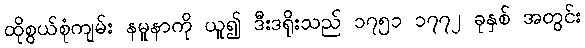
ထိုစွယ်စုံကျမ်း နမူနာကို ယူ၍ ဒီးဒရိုးသည် ၁၇၅၁ ၁၇၇၂ ခုနှစ် အတွင်း